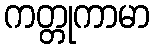
ကတ္တုကာမာ